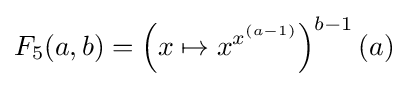
F_{5}(a,b)=\left(x\mapsto x^{x^{(a-1)}}\right)^{b-1}(a)